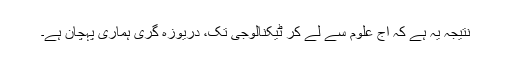
نتیجہ یہ ہے کہ آج علوم سے لے کر ٹیکنالوجی تک، دریوزہ گری ہماری پہچان ہے۔